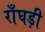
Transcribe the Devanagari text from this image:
राँघड़ी